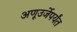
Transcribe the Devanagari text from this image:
अणूउर्जेपर्यंत